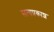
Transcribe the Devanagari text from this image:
सत्‍यप्रकाश